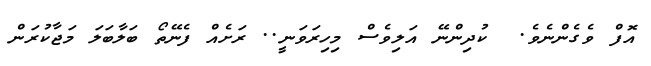
އޮފް ވެގެންނެވެ.  ކުދިންނޭ އަލިވެސް މިހިރަވަނީ.. ރަށެއް ފެނޭތޯ ބަލާބަލަ މަޖާކުރަން